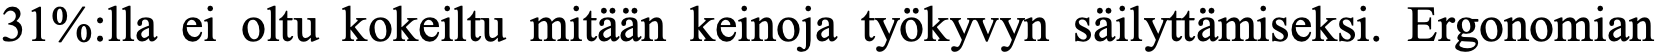
31%:lla ei oltu kokeiltu mitään keinoja työkyvyn säilyttämiseksi. Ergonomian